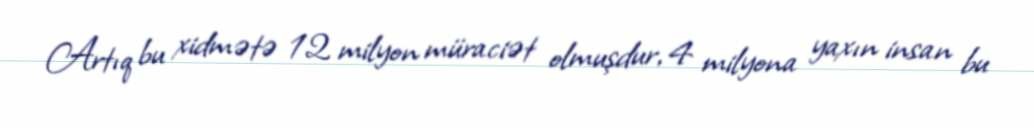
Artıq bu xidmətə 12 milyon müraciət olmuşdur, 4 milyona yaxın insan bu